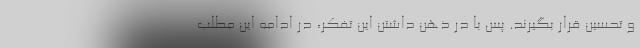
و تحسین قرار بگیرند. پس با در ذهن داشتن این تفکر، در ادامه این مطلب